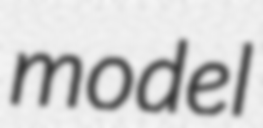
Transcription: model